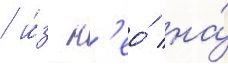
/ и́з н'ео́ на́